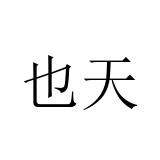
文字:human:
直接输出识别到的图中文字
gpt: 也天